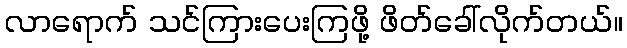
လာရောက် သင်ကြားပေးကြဖို့ ဖိတ်ခေါ်လိုက်တယ်။